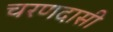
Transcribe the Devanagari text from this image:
चरणदासी